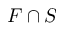
F \cap S